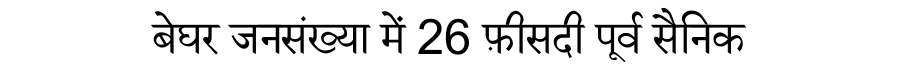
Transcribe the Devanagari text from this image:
बेघर जनसंख्या में 26 फ़ीसदी पूर्व सैनिक